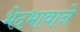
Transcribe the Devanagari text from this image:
भेदभावाने